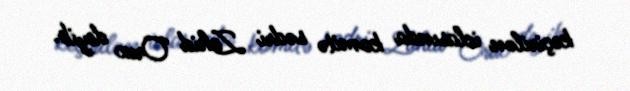
keçirilən iclasında komitə sədri Zahid Oruc deyib.